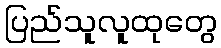
ပြည်သူလူထုတွေ